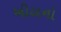
ખીલનો